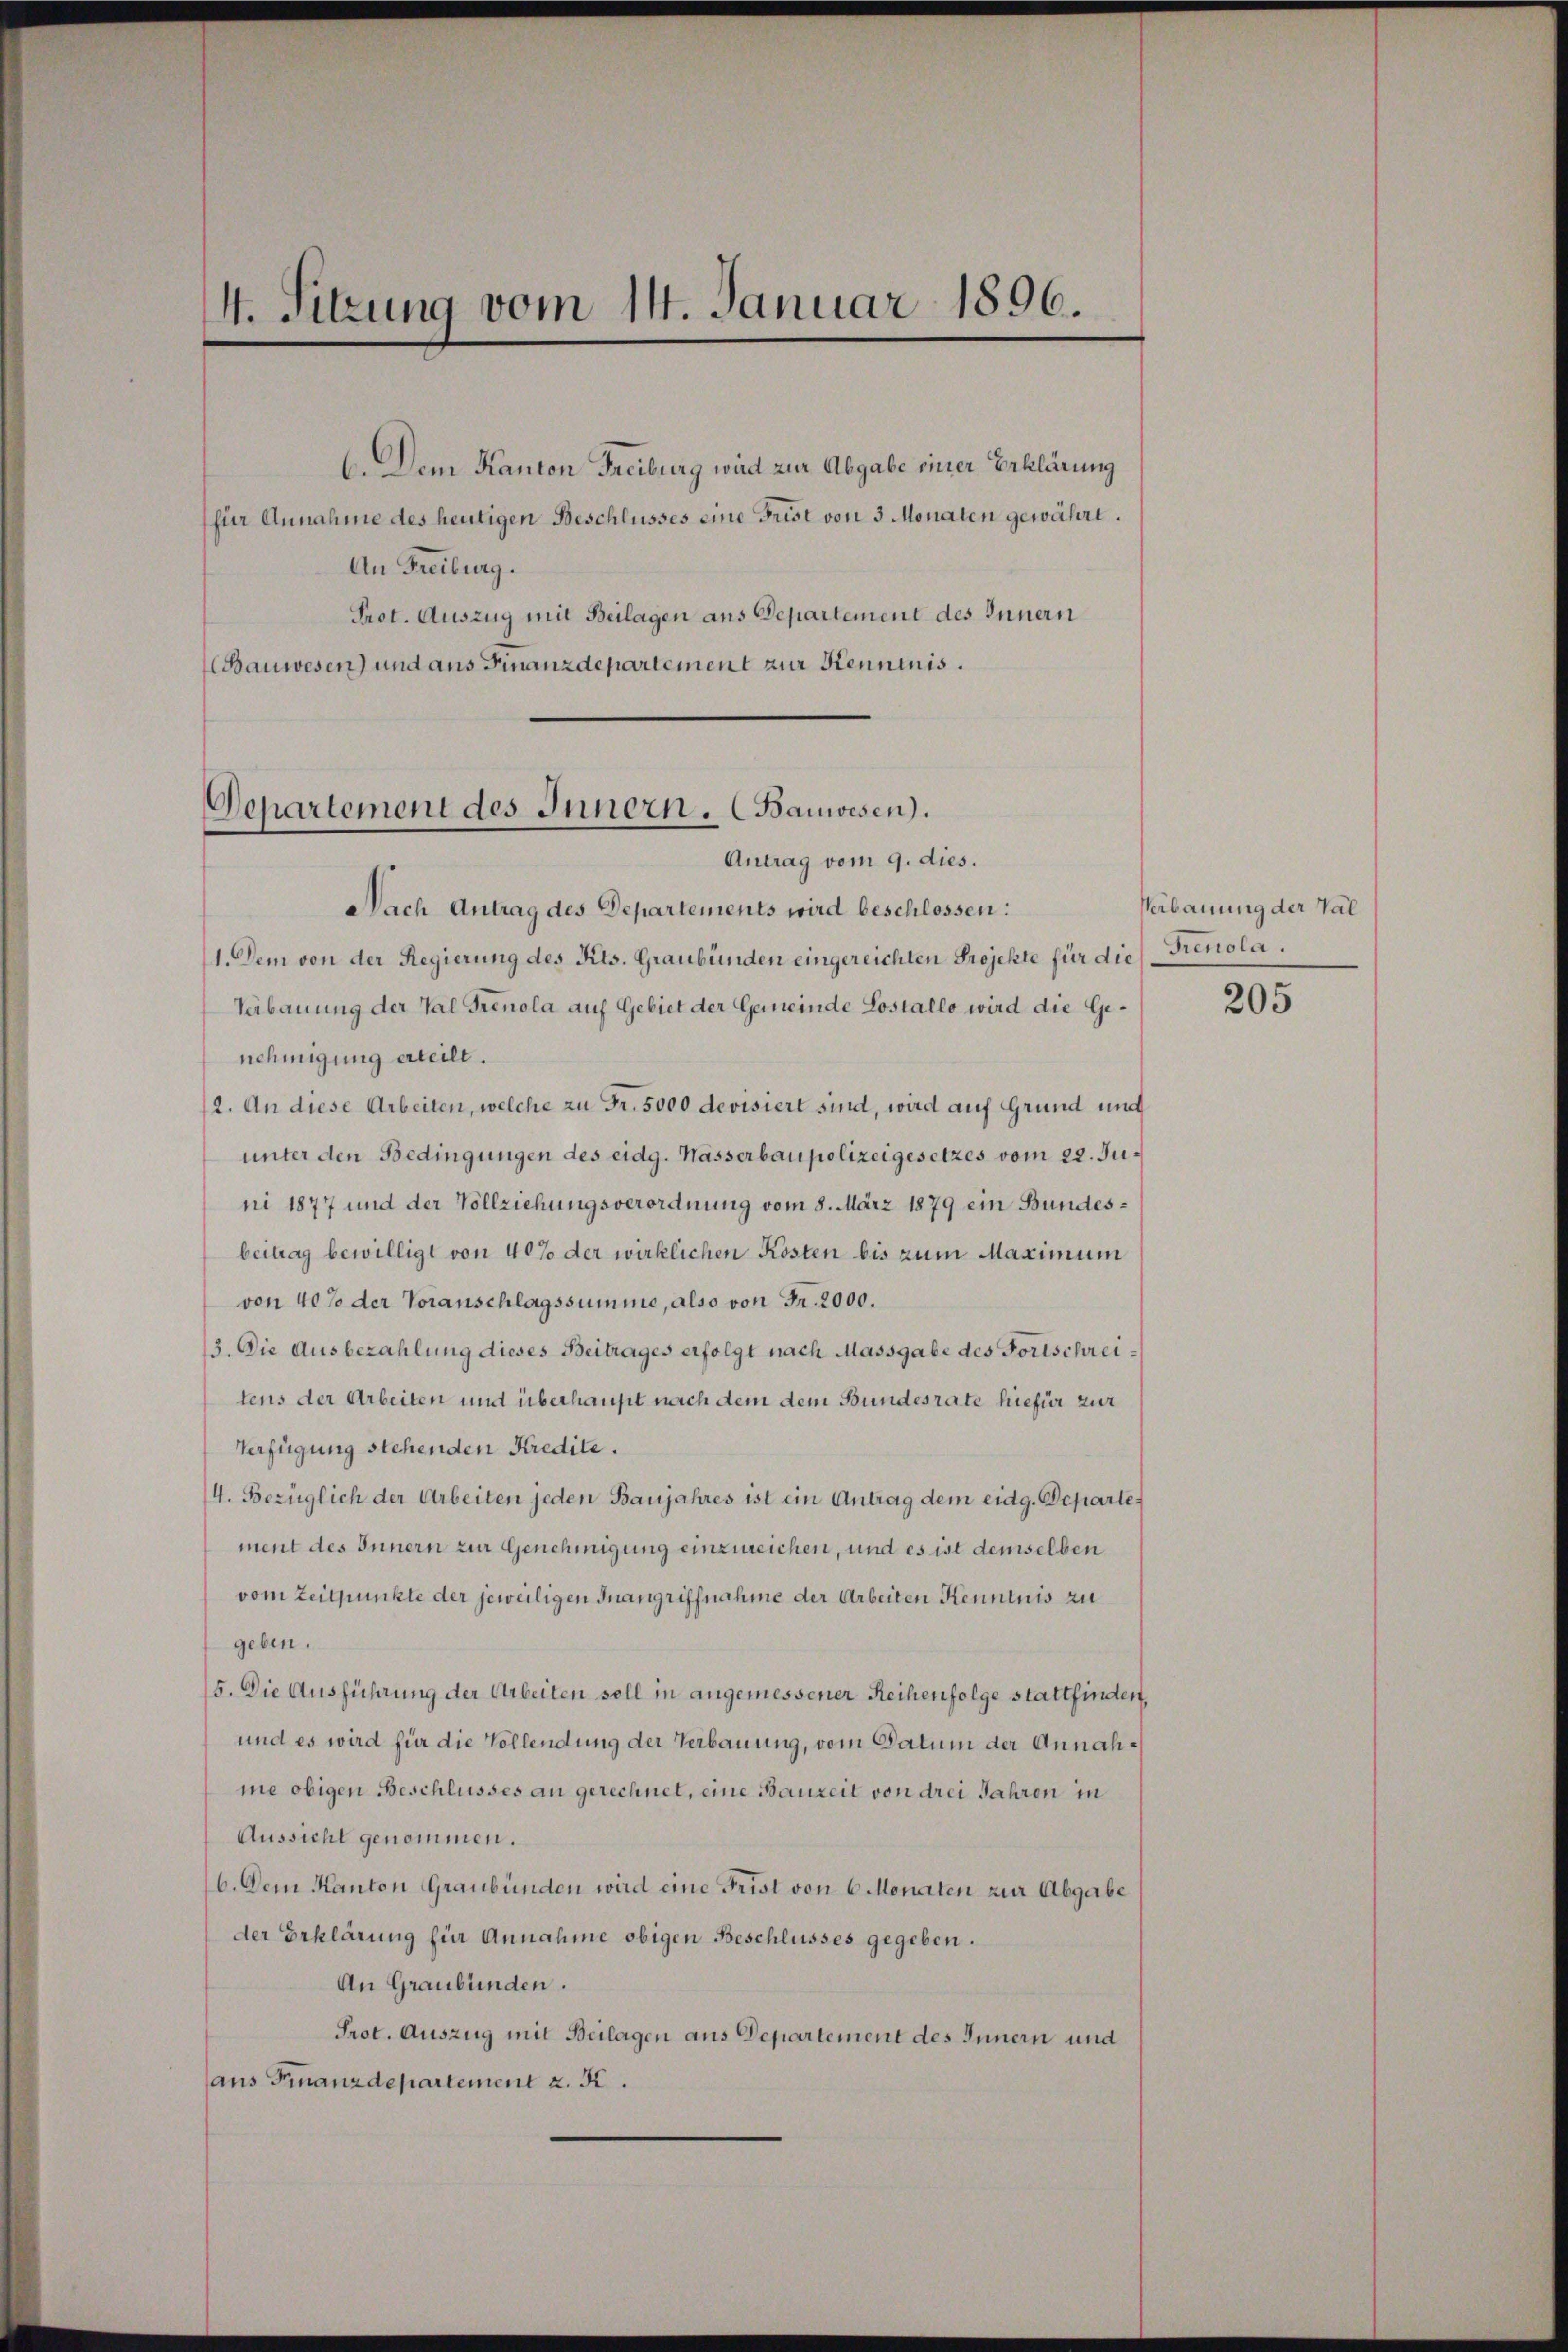
4. Sitzung vom 14. Januar 1896.

6. Dem Kanton Freiburg wird zur Abgabe einer Erklärung
(für Annahme des heutigen Beschlusses eine Frist von 3 Monaten gewährt.
An Freiburg.
Prot. Auszug mit Beilagen aus Departement des Innern
Bauwesen) und aus Finanzdepartement zur Kenntnis.

Departement des Innern. (Bauwesen.
Antrag vom 9. dies.

Nach Antrag des Departements wird beschlossen:
1. Dem von der Regierung des Kts. Graubünden eingereichten Projekte für die Trenola.
Verbauung der Val Trenola auf Gebiet der Gemeinde Lostallo wird die Genehmigung erteilt.
2. An diese Arbeiten, welche zu Fr. 5000 devisiert sind, wird auf Grund und
unter den Bedingungen des eidg. Wasserbaupolizeigesetzes vom 22. Juni 1877 und der Vollziehungsverordnung vom 8. März 1879 ein Bundesbeitrag bewilligt von 40% der wirklichen Kosten bis zum Maximum
von 40% der Voranschlagssumme, also von Fr. 2000.
3. Die Ausbezahlung dieses Beitrages erfolgt nach Massgabe des Fortschreitens der Arbeiten und überhaupt nach dem dem Bundesrate hiefür zur
Verfügung stehenden Kredite.
4. Bezüglich der Arbeiten jeden Baujahres ist ein Antrag dem eidg. Departe:
ment des Innern zur Genehmigung einzureichen, und es ist demselben
vom Zeitpunkte der jeweiligen Inangriffnahme der Arbeiten Kenntnis zu
geben.
5. Die Ausführung der Arbeiten soll in angemessener Reihenfolge stattfinden,
und es wird für die Vollendung der Verbauung, vom Datum der Annahme obigen Beschlusses an gerechnet, eine Bauzeit von drei Jahren in
Aussicht genommen.
b. Dem Kanton Graubünden wird eine Frist von 6 Monaten zur Abgabe
der Erklärung für Annahme obigen Beschlusses gegeben.
An Graubünden.
Prot. Auszug mit Beilagen aus Departement des Innern und
aus Finanzdepartement z. K.

Verbauung der Val

205